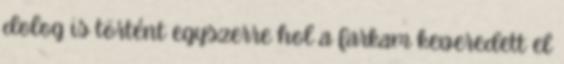
dolog is történt egyszerre hol a farkam keveredett el